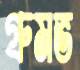
গ্রুমভ